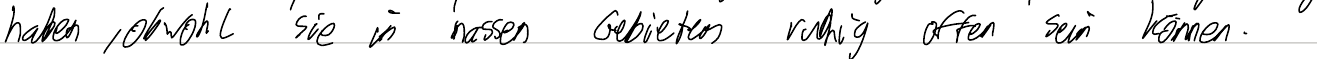
haben, obwohl sie in nassen Gebieten ruhig offen sein können.